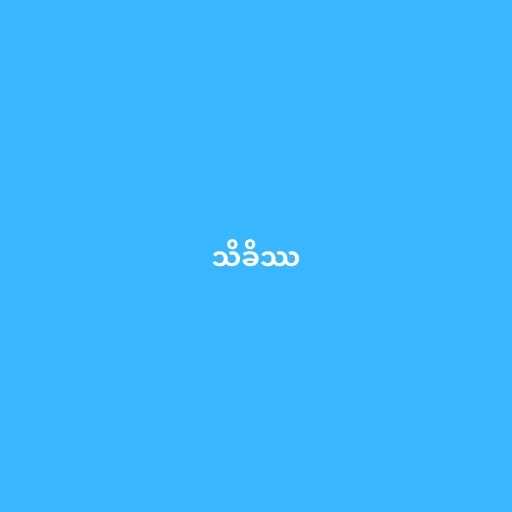
သိခိဿ